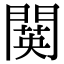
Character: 䦫